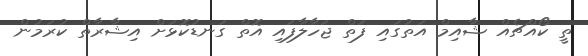
ތީ ކޯއްޗެއް ޝާއިމް އަތުގައި ފަތް ޖަހާލާފައި އޮތް ގަނޑުކޮޅަށް އިޝާރާތް ކުރަމުން